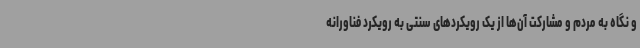
و نگاه به مردم و مشارکت آن‌ها از یک رویکردهای سنتی به رویکرد فناورانه